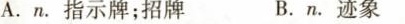
A.n.指示牌;招牌 B.n.迹象